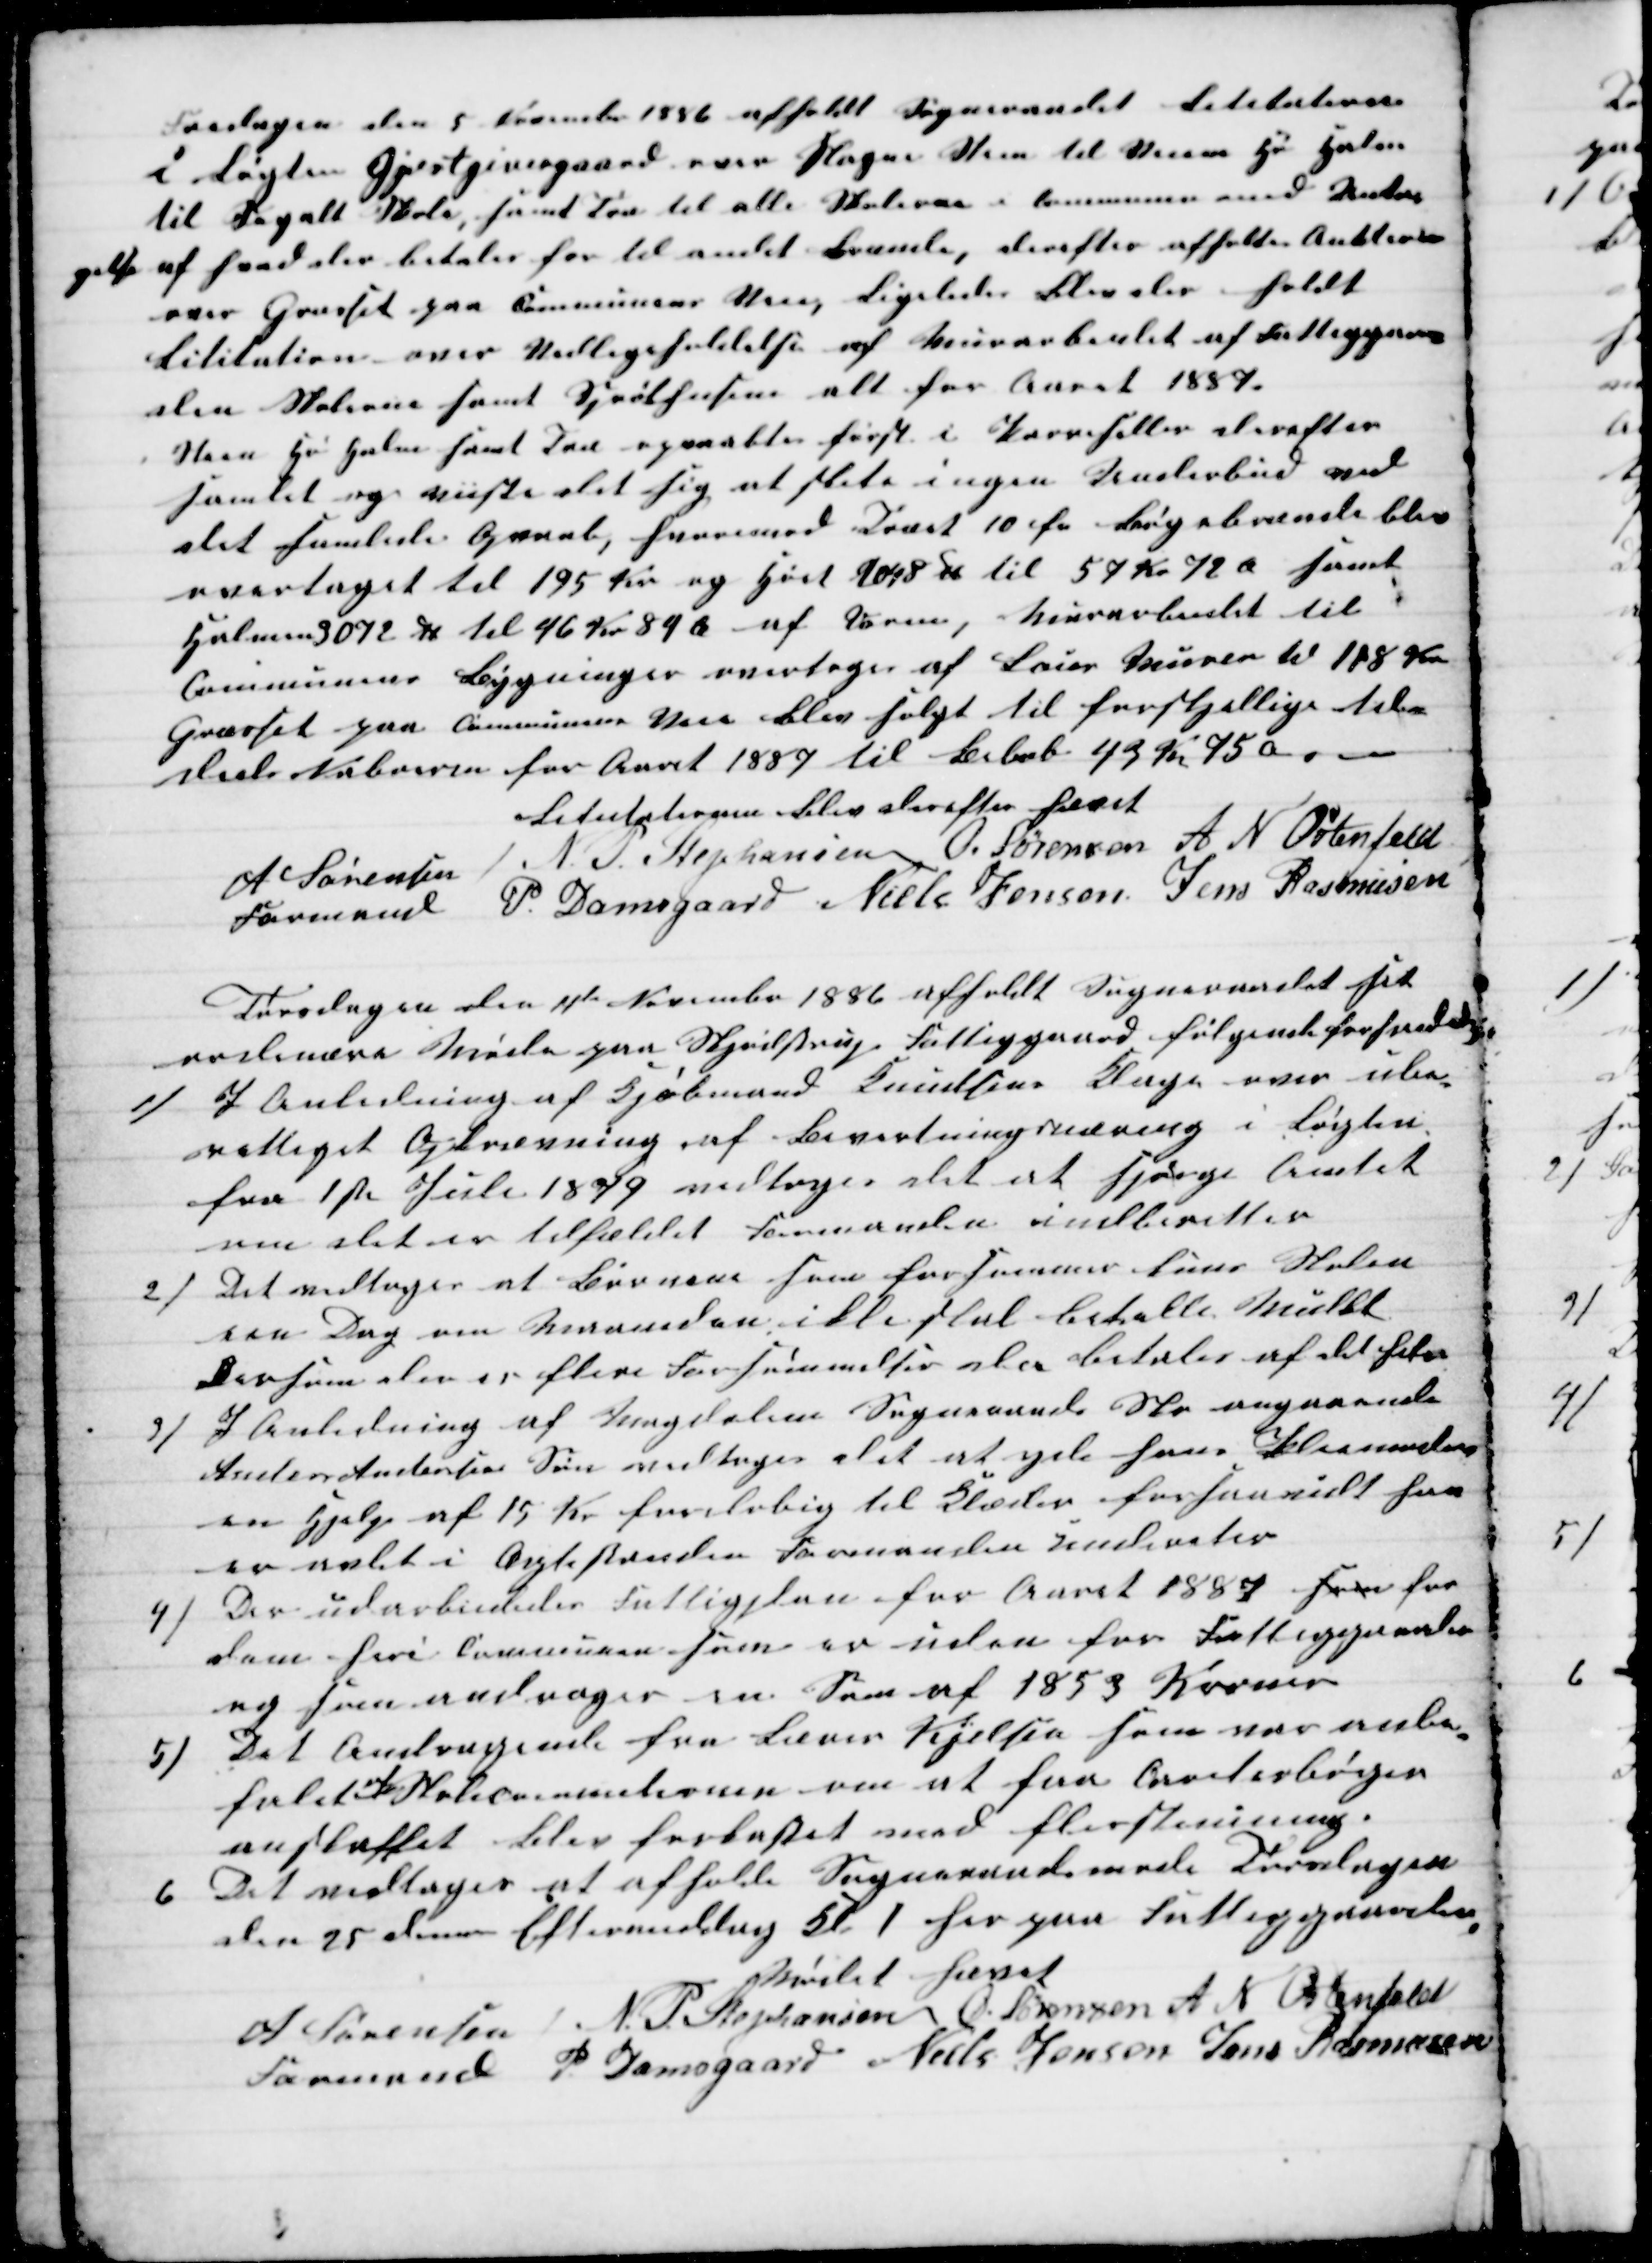
Transskription:
Torsdagen den 5 November 1886 afholdt Sogneraadet Lititation
i Løgten Gjæstgivergaard over Slagne Steen til Veiene Hø Halm
til Segalt Skole, samt Tørv til alle Skolerne i Communen med Undta-
gelse
af hvad der betales for til andet Brænde, derefter afholtes Auktion
over Græsset paa Communens Veie, Ligeledes blev der holdt
Lititation over Vedligeholdelse af Murerarbejdet af Fattiggaar-
den Skolerne samt Sprøthusene alt for Aaret 1887.
Steen Hø Halm samt Træ opraabtes først i Parreseller derefter
samlet og viste det sig at skete ingen Underbud ved
det samlede Opraab, hvorimod Træet 10 fv Bøgebrænde blev
overtaget til 195 Kr og Høet 1048 ℔ til 57 Kr 72 Øre samt
Halmen 3072 ℔ til 46 Kr 84 Ø af Dorm, Murarbeidet til
Communens Bygninger overtoges af Laus Murer til 188 Kr
Græsset paa Communens Veie blev solgt til forskjellige til-
stede Naboerne for Aaret 1887 til Beløb 43 Kr 75 ø.
Litutationen blev derefter hævet
A Sørensen 
Formand 
N. P. Stephansen O. Sørensen A N Ostenfeld
P. Damsgaard Niels Jensen Jens Rasmusen
Torsdagen den 11te November 1886 afholdt Sogneraadet sit
ordinære Møde paa Skjødstrup Fattiggaard følgende forhanledes
1)
I Anledning af Kjøbmand Knudsens Klage over ube-
rettiget Opkrævning af Beværtningsnæring i Løgten
fra 1ste Juli 1879 vedtoges det at spørge Amtet
om det er tilfældet Formanden indberetter
2) Det vedtoges at Børnene som forsømmer kuns Skolen
een Dag om Maaneden ikke skal betalle Mulkt
Dersom der er flere Forsømmelser da betales af det hele
3)
I Anledning af Magdalene Sogneraads Skr angaaende
Anders Andersens Søn vedtoges det at yde hans Pleiemoder
en Hjælp af 15 Kr foreløbig til Klæder forsaavidt han
er avlet i Ægtestanden Formanden undereter
4) Der udarbeidedes Fattigplan for Aaret 1887 fra for
dem heri Communen som er uden for Fattiggaarden
og som andrager en Sum af 1853 Kroner
5)
Det Andragende fra Lærer Kjelsen som var anbe-
falet
af
Skolecommitionen om at faa Qarekterbøger
anskaffet blev forkastet ved flerstemming.
6. Det vedtoges at afholde Sogneraadsmøde Torsdagen
den 25 dennes Eftermiddag Kl 1 her paa Fattiggaarden,
Mødet hævet
A Sørensen
Formand 
N. P. Stephansen O. Sørensen A N Ostenfeld
P Damsgaard Niels Jensen Jens Rasmusen